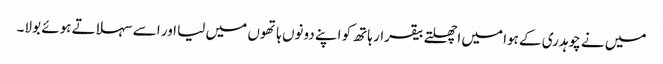
میں نے چوہدری کے ہوا میں اچھلتے بیقرار ہاتھ کو اپنے دونوں ہاتھوں میں لیا اور اسے سہلاتے ہوئے بولا۔